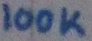
Text: 100K